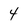
Character: 4